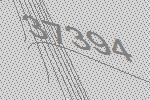
37394